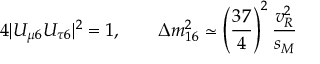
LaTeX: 4 | U _ { \mu 6 } U _ { \tau 6 } | ^ { 2 } = 1 , \qquad \Delta m _ { 1 6 } ^ { 2 } \simeq \left( \frac { 3 7 } { 4 } \right) ^ { 2 } \frac { v _ { R } ^ { 2 } } { s _ { M } }